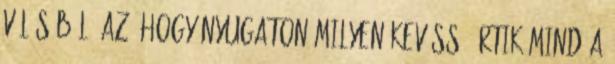
válásából? Az, hogy nyugaton milyen kevéssé értik mind a